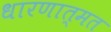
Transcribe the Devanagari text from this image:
धारणात्मत